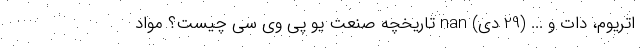
اتریوم، دات و ... (29 دی) nan تاریخچه صنعت یو پی وی سی چیست؟ مواد